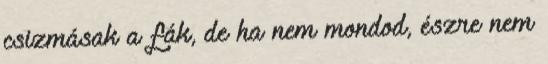
csizmásak a fák, de ha nem mondod, észre nem